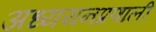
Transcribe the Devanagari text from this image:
अध्ययनप्रणाली